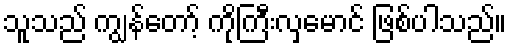
သူသည် ကျွန်တော့် ကိုကြီးလှမောင် ဖြစ်ပါသည်။